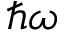
\hbar \omega